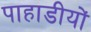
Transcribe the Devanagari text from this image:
पाहाडीयों